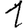
Digit: 1